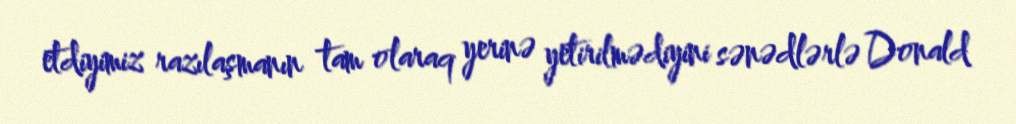
etdiyimiz razılaşmanın tam olaraq yerinə yetirilmədiyini sənədlərlə Donald